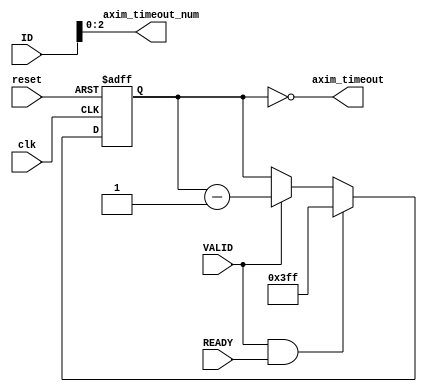
/////////////////////////////////////////////////////////////////////
////                                                             ////
////          eyal@provartec.com                                 ////
////                                                             ////
////  Downloaded from: http://www.opencores.org                  ////
/////////////////////////////////////////////////////////////////////
////                                                             ////
//// Copyright (C) 2010 Provartec LTD                            ////
//// www.provartec.com                                           ////
//// info@provartec.com                                          ////
////                                                             ////
//// This source file may be used and distributed without        ////
//// restriction provided that this copyright statement is not   ////
//// removed from the file and that any derivative work contains ////
//// the original copyright notice and the associated disclaimer.////
////                                                             ////
//// This source file is free software; you can redistribute it  ////
//// and/or modify it under the terms of the GNU Lesser General  ////
//// Public License as published by the Free Software Foundation.////
////                                                             ////
//// This source is distributed in the hope that it will be      ////
//// useful, but WITHOUT ANY WARRANTY; without even the implied  ////
//// warranty of MERCHANTABILITY or FITNESS FOR A PARTICULAR     ////
//// PURPOSE.  See the GNU Lesser General Public License for more////
//// details. http://www.gnu.org/licenses/lgpl.html              ////
////                                                             ////
/////////////////////////////////////////////////////////////////////
//---------------------------------------------------------
//-- File generated by RobustVerilog parser
//-- Version: 1.0
//-- Invoked Fri Mar 25 23:36:55 2011
//--
//-- Source file: dma_core_axim_timeout.v
//---------------------------------------------------------



module dma_axi64_core0_axim_timeout(clk,reset,VALID,READY,ID,axim_timeout_num,axim_timeout);

   input               clk;
   input               reset;

   input               VALID;
   input               READY;
   input [7-1:0]      ID;

   output [2:0]           axim_timeout_num;
   output               axim_timeout;


   
   reg [10-1:0]    counter;

   
   assign               axim_timeout_num = ID[2:0];

   assign               axim_timeout = (counter == 'd0);

   
   always @(posedge clk or posedge reset)
     if (reset)
       counter <= #1 {10{1'b1}};
     else if (VALID & READY)
       counter <= #1 {10{1'b1}};
     else if (VALID)
       counter <= #1 counter - 1'b1;

   
   
endmodule